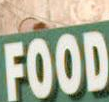
FOOD